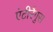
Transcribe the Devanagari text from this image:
एंटीरैगुस